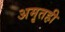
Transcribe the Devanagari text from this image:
अमृतही